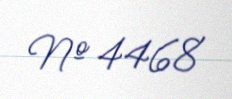
№ 4468